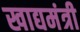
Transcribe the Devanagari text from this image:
खाद्यमंत्री